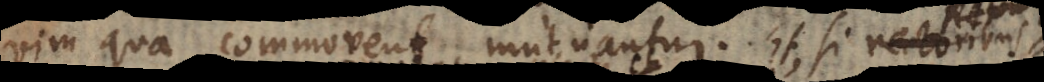
vim qua commovent, mutuantur. Et, si Rectoribus